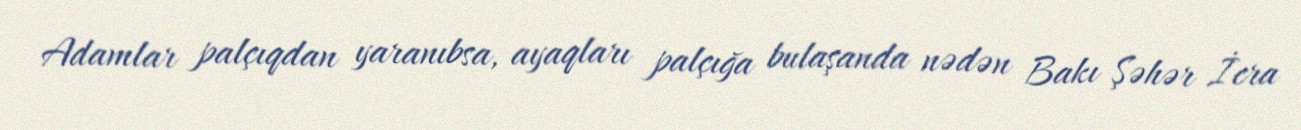
Adamlar palçıqdan yaranıbsa, ayaqları palçığa bulaşanda nədən Bakı Şəhər İcra